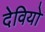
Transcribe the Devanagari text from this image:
देवियो